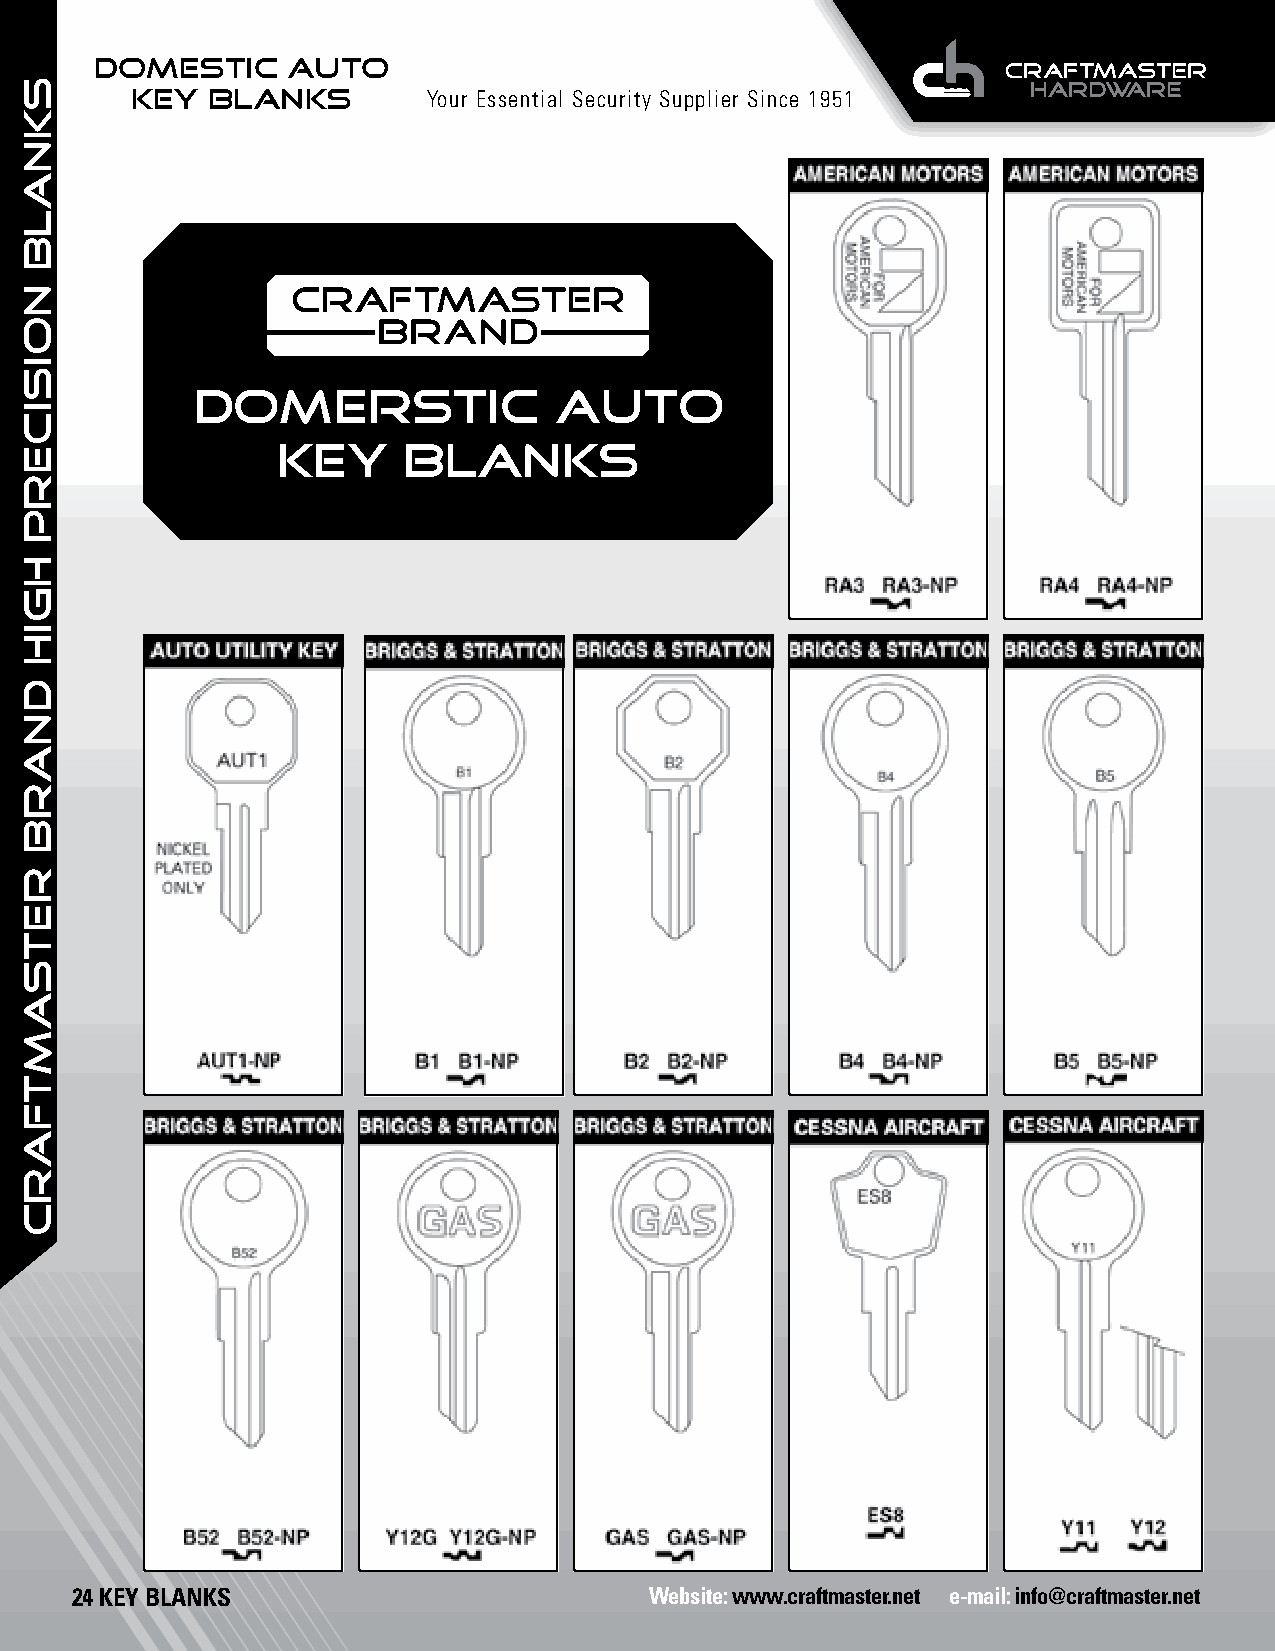
DOMESTIC     AUTO
 KEY  BLANKS        Your Essential Security Supplier Since 1951
 DOMERSTIC               AUTO
 KEY      BLANKS
 24 KEY BLANKS                         Website: www.craftmaster.net e-mail: info@craftmaster.net
 SKNALB
 NOISICERP
 HGIH
 dnarb
 retsamtfarc